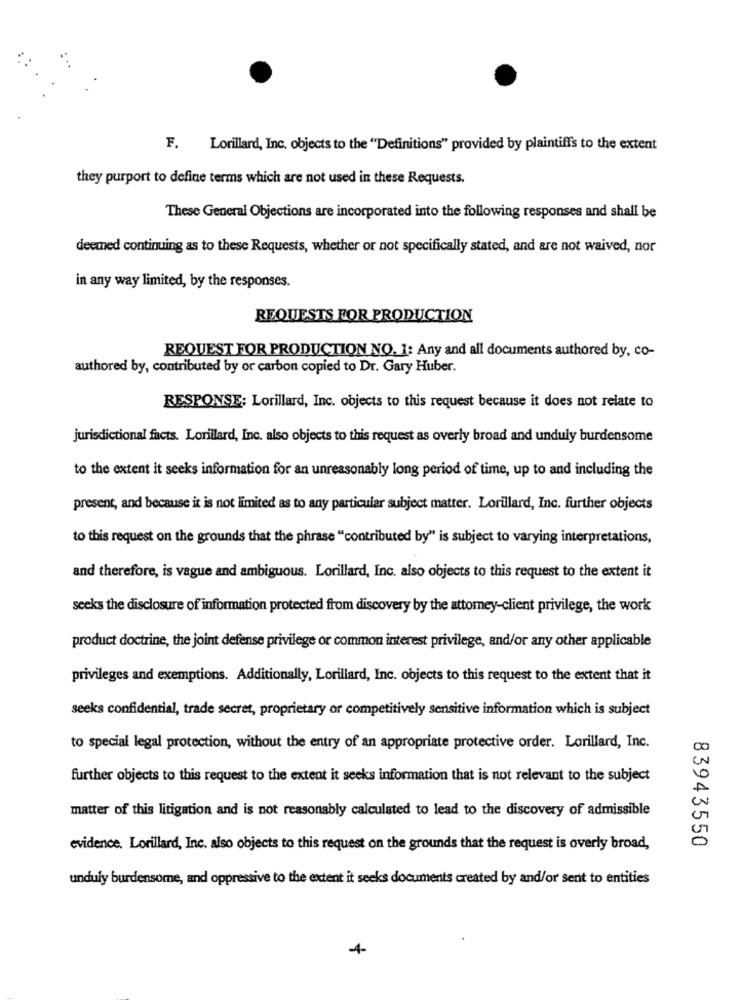
F. Lorillard, Inc. objects to the "Definitions" provided by plaintiff's to the extent
they purport to define terms which are not used in these Requests.
These General Objections are incorporated into the following responses and shall be
deemed continuing as to these Requests, whether or not specifically stated, and are not waived, nor
in any way limited, by the responses.
REQUESTS FOR PRODUCTION
REQUEST FOR PRODUCTION NO. 1: Any and all documents authored by, co-
authored by, contributed by or carbon copied to Dr. Gary Huber.
RESPONSE: Lorillard, Inc. objects to this request because it does not relate to
jurisdictional facts. Lorillard, Inc. also objects to this request as overly broad and unduly burdensome
to the extent it seeks information for an unreasonably long period of time, up to and including the
present, and because it is not limited as to any particular subject matter. Lorillard, Inc. further objects
to this request on the grounds that the phrase "contributed by" is subject to varying interpretations,
and therefore, is vague and ambiguous. Lorillard, Inc. also objects to this request to the extent it
seeks the disclosure of information protected from discovery by the attorney-client privilege, the work
product doctrine, the joint defense privilege or common interest privilege, and/or any other applicable
privileges and exemptions. Additionally, Lorillard, Inc. objects to this request to the extent that it
seeks confidential, trade secret, proprietary or competitively sensitive information which is subject
to special legal protection, without the entry of an appropriate protective order. Lorillard, Inc.
further objects to this request to the extent it seeks information that is not relevant to the subject
matter of this litigation and is not reasonably calculated to lead to the discovery of admissible
evidence. Lorillard, Inc. also objects to this request on the grounds that the request is overly broad,
83943550
unduly burdensome, and oppressive to the extent it seeks documents created by and/or sent to entities
4